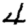
Digit: 4